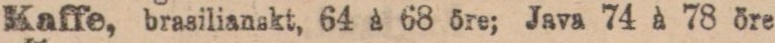
Kaffe, brasilianskt, 64 à 68 öre; Java 74 à 78 öre